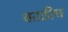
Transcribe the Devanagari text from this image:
काठीच